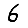
Digit: 6